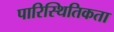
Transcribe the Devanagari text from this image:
पारिस्थितिकता